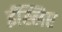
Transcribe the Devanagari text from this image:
ईस्लिए